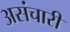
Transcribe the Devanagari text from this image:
असंचारी